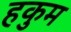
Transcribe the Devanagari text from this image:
हकुम